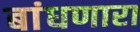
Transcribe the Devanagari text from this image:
बांधणारा